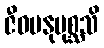
ဇီဝမနုပုစ္ဆသိ